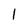
Character: 1